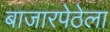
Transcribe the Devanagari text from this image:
बाजारपेठेला